Annual report of the Punjab Veterinary College and of the Civil Veterinary Department, Punjab - 1920-1925
Year: 1920
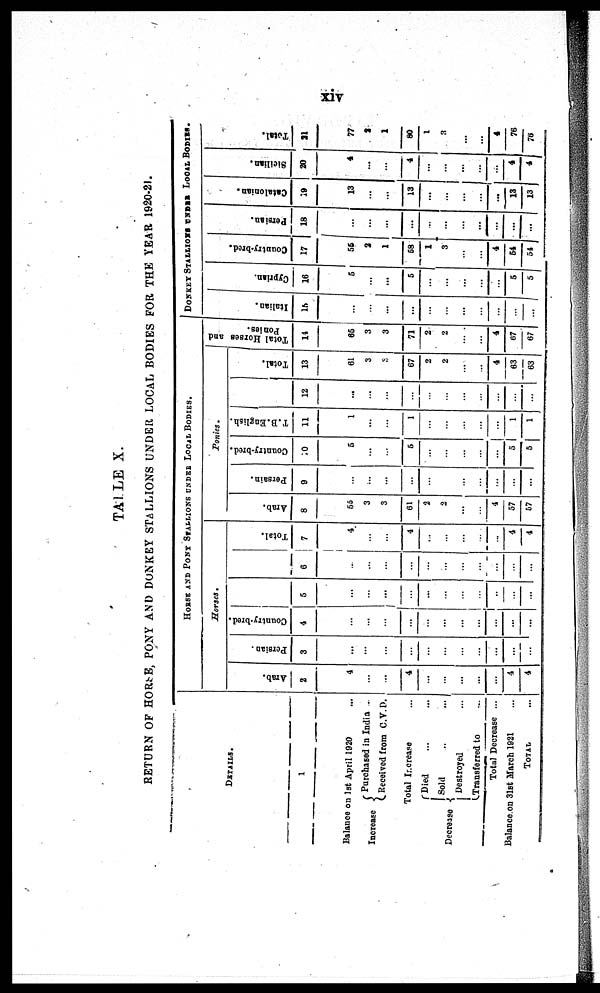
xiv
TABLE X.
RETURN O F HORSE, PONY A N D DONKEY STALLIONS UNDER LOCAL BODIES F O R T H E YEAR 1920-21.
DETAILS.
1
Bal ance o n 1 s t Apri l 1 9 2 0 ...
Increase
Decrease ... ...
Purchased i n India ...
Recei ved f r om C. V. D.
Tot al Increase ...
Di ed ... ...
Sol d ... ...
Dest royed ...
Transferred t o ...
Tot al Decrease ...
Bal ance o n 3 1 s t Mar ch 1 9 2 1 ...
TOTAL ...
HORSE AND PONT SFALLIONS UNDER LOCAL BODIES.
Horses.
Arab.
2
4
...
...
4
...
...
...
...
...
4
4
Persian.
3
...
...
...
...
...
...
...
...
...
...
...
Country-bred.
4
...
...
...
...
...
...
...
...
...
...
...
5
...
...
...
...
...
...
...
...
...
...
...
6
...
...
...
...
...
...
...
...
...
...
...
Total.
7
...
...
...
4
...
...
...
...
...
4
4
Ponies.
Arab.
8
55
3
3
61
2
2
...
...
4
57
57
Persain.
9
...
...
...
...
...
...
...
...
...
...
...
Country-bred.
10
5
...
...
5
...
...
...
...
...
5|
5
T.B.English.
11
1
...
...
1
...
...
...
...
...
1
1
12
...
...
...
...
...
...
...
...
...
...
...
Total.
13
61
3
3
67
2
2
...
...
4
63
63
Total Horses and
Ponies.
14
65
3
3
71
2
2
...
...
4
07
67
DONKEY STALLIONS UNDER LOCAL BODIES.
I t al i
an.
15
...
...
...
...
...
...
...
...
...
...
...
Cy pr ia
n.
1 6
5
...
...
5
...
...
...
...
...
5
5
Co untr y -br e d.
17
56
2
1
58
1
...
...
...
4
54
54
Pe r s i
an.
18
...
...
...
...
...
...
...
...
...
...
...
Ca t
a lo
nia n.
19
13
...
...
13
...
...
......
...
...
13
13
Si ci l
i
an.
20
4
...
...
4
...
...
...
...
...
4
4
Tot al .
21
77
2
1
80
1
3
...
...
4
76
76